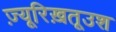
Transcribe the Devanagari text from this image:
ज़्यूरिख़तूउश